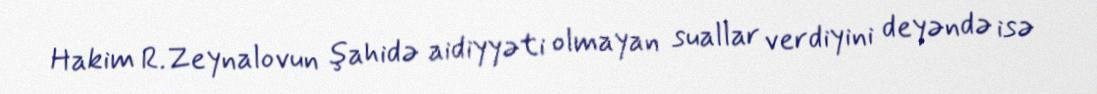
Hakim R.Zeynalovun şahidə aidiyyəti olmayan suallar verdiyini deyəndə isə